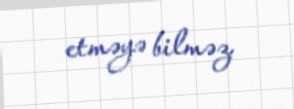
etməyə bilməz.